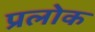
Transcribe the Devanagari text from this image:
प्रलोक